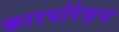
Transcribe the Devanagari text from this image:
कारपोरेस़न